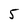
Character: 5